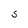
Character: S